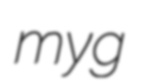
myg